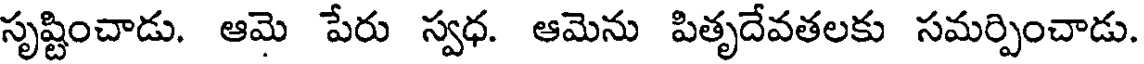
సృష్టించాడు. ఆమె పేరు స్వధ. ఆమెను పితృదేవతలకు సమర్పించాడు.